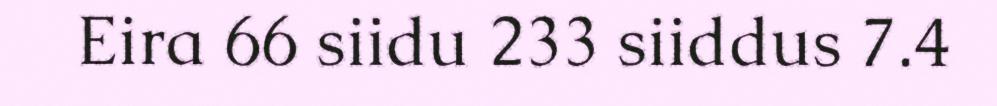
Eira 66 siidu 233 siiddus 7.4